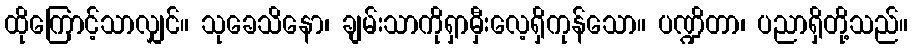
ထိုကြောင့်သာလျှင်။ သုခေသိနော၊ ချမ်းသာကိုရှာမှီးလေ့ရှိကုန်သော။ ပဏ္ဍိတာ၊ ပညာရှိတို့သည်။